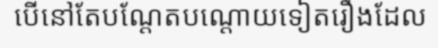
បើនៅតែបណ្តែតបណ្តោយទៀតរឿងដែល